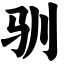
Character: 驯